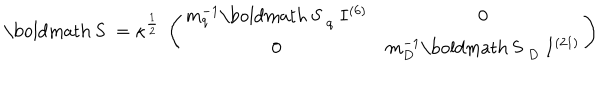
LaTeX: \mathrm { \boldmath ~ S ~ } = \kappa ^ { \frac { 1 } { 2 } } ~ \left( \begin{array} { c c } { { m _ { q } ^ { - 1 } { \mathrm { \boldmath ~ S ~ } } _ { q } ~ I ^ { ( 6 ) } } } & { { 0 } } \\ { { 0 } } & { { m _ { D } ^ { - 1 } { \mathrm { \boldmath ~ S ~ } } _ { D } ~ I ^ { ( 2 1 ) } } } \\ \end{array} \right)